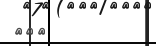
١٧٠